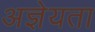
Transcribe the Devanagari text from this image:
अज्ञेयता